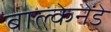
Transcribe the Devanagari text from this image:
बाल्केनेंडे